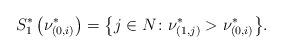
LaTeX: \begin{align*}S_1^*\left(\nu_{(0, i)}^*\right) = \big\{j \in N\colon \nu_{(1, j)}^* > \nu_{(0, i)}^*\big\}.\end{align*}